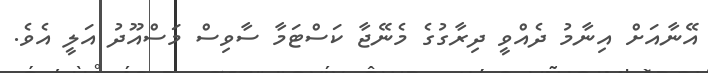
އޭނާއަށް އިނާމު ދެއްވީ ދިރާގުގެ މެނޭޖާ ކަސްޓަމާ ސާވިސް މަސްއޫދު އަލީ އެވެ.